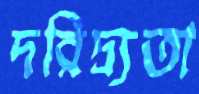
দরিদ্র্যতা